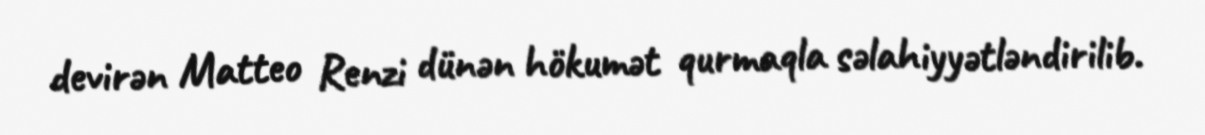
devirən Matteo Renzi dünən hökumət qurmaqla səlahiyyətləndirilib.